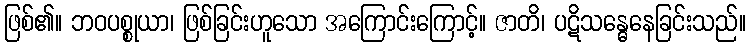
ဖြစ်၏။ ဘဝပစ္စုယာ၊ ဖြစ်ခြင်းဟူသော အကြောင်းကြောင့်။ ဇာတိ၊ ပဋိသန္ဓေနေခြင်းသည်။